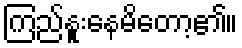
ကြည်နူးနေမိတော့၏။